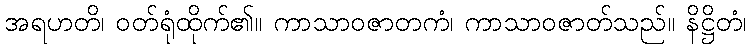
အရဟတိ၊ ဝတ်ရုံထိုက်၏။ ကာသာဝဇာတကံ၊ ကာသာဝဇာတ်သည်။ နိဋ္ဌိတံ၊